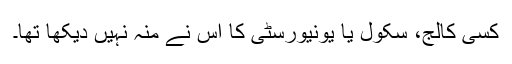
کسی کالج، سکول یا یونیورسٹی کا اس نے منہ نہیں دیکھا تھا۔